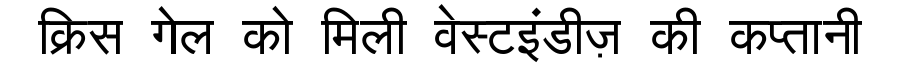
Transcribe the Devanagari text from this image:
क्रिस गेल को मिली वेस्टइंडीज़ की कप्तानी